Problem: 2 × 2 = ?
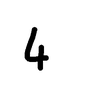
Handwritten answer: 4